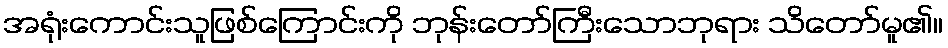
အရုံးကောင်းသူဖြစ်ကြောင်းကို ဘုန်းတော်ကြီးသောဘုရား သိတော်မူ၏။